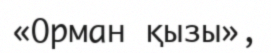
«Орман қызы»,